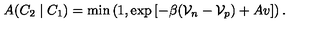
A ( C _ { 2 } \mid C _ { 1 } ) = \min \left( 1 , \exp \left[ - \beta ( \mathcal { V } _ { n } - \mathcal { V } _ { p } ) + A v \right] \right) .